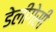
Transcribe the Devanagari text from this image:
डेलीगेसी